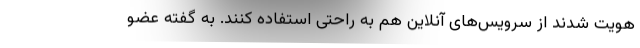
هویت شدند از سرویس‌های آنلاین هم به راحتی استفاده کنند. به گفته عضو